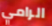
الرامي